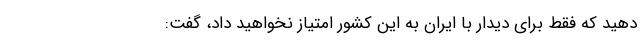
دهید که فقط برای دیدار با ایران به این کشور امتیاز نخواهید داد، گفت: